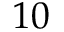
1 0